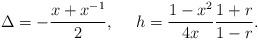
LaTeX: \begin{align*}\Delta=-\frac{x+x^{-1}}{2}, ~~~~h=\frac{1-x^2}{4x}\frac{1+r}{1-r}. \end{align*}